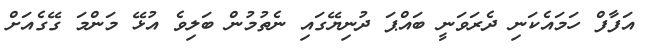
އަފާފް ހަމައެކަނި ދެރަވަނީ ބައްޕަ ދުނިޔޭގައި ނެތުމުން ބަލިވެ އުޅޭ މަންމަ ގޭގެއަށް